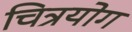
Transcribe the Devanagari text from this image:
चित्रयोग